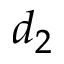
d _ { 2 }